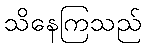
သိနေကြသည်